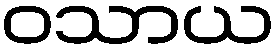
ဝသာယ